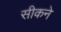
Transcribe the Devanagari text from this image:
सीकने